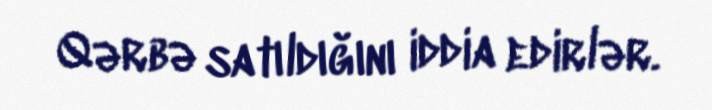
Qərbə satıldığını iddia edirlər.